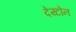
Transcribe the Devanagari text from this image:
देय्टोन